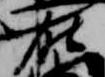
在